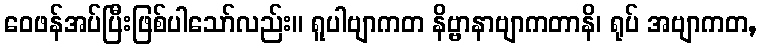
ဝေဖန်အပ်ပြီးဖြစ်ပါသော်လည်း။ ရူပါဗျာကတ နိဗ္ဗာနာဗျာကတာနိ၊ ရုပ် အဗျာကတ,